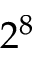
2 ^ { 8 }